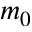
m _ { 0 }